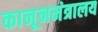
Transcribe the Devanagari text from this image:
कानूनमंत्रालय